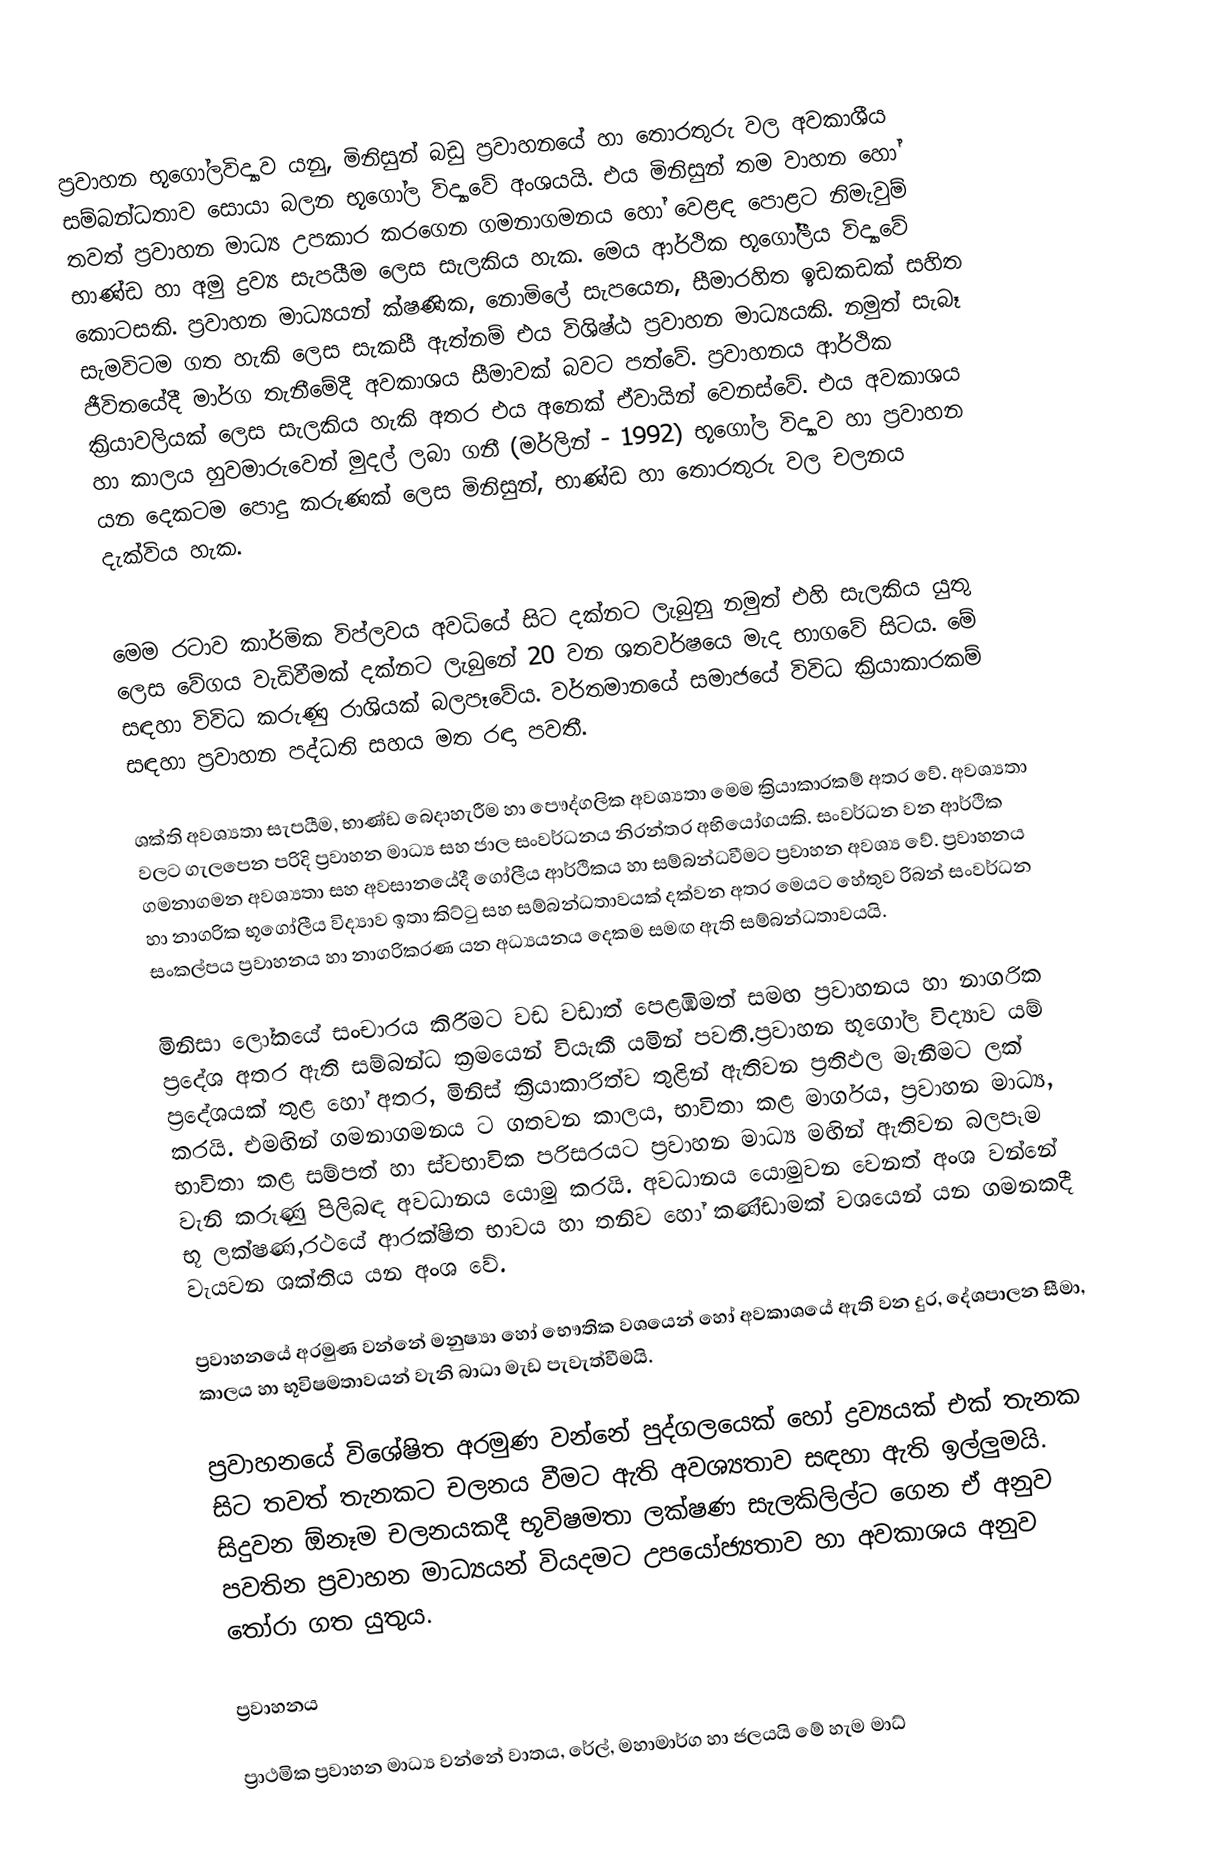
ප්‍රවාහන භූගෝලවිද්‍යාව යනු, මිනිසුන් බඩු ප්‍රවාහනයේ හා ‍තොරතුරු වල අවකාශීය සම්බන්ධතාව සොයා බලන භූගෝල විද්‍යාවේ අංශයයි. එය මිනිසුන් තම වාහන හෝ තවත් ප්‍රවාහන මාධ්‍ය උපකාර කරගෙන ගමනාගමනය හෝ වෙළඳ පොළට නිමැවුම් භාණ්ඩ හා අමු ද්‍රව්‍ය සැපයීම ලෙස සැලකිය හැක. මෙය ආර්ථික භූගෝලීය විද්‍යාවේ කොටසකි. ප්‍රවාහන මාධ්‍යයන් ක්ෂණික, නොමිලේ සැපයෙන, සීමාරහිත ඉඩකඩක් සහිත සැමවිටම ගත හැකි ලෙස සැකසී ඇත්නම් එය විශිෂ්ඨ ප්‍රවාහන මාධ්‍යයකි. නමුත් සැබෑ ජීවිතයේදී මාර්ග තැනී‍මේදී අවකාශය සීමාවක් බවට පත්වේ. ප්‍රවාහනය ආර්ථික ක්‍රියාවලියක් ලෙස සැලකිය හැකි අතර එය අනෙක් ඒවායින් වෙනස්වේ. එය අවකාශය හා කාලය හුවමාරුවෙන් මුදල් ලබා ගනී (මර්ලින් - 1992) භූගෝල විද්‍යාව හා ප්‍රවාහන යන දෙකටම පොදු කරුණක් ලෙස මිනිසුන්, භාණ්ඩ හා තොරතුරු වල චලනය දැක්විය හැක.

මෙම රටාව කාර්මික විප්ලවය අවධියේ සිට දක්නට ලැබුනු නමුත් එහි සැලකිය යුතු ලෙස වේගය වැඩිවීමක් දක්නට ලැබුනේ 20 වන ශතවර්ෂයෙ මැද භාගවේ සිටය. මේ සඳහා විවිධ කරුණු රාශියක් බලපෑවේය. වර්තමානයේ සමාජයේ විවිධ ක්‍රියාකාරකම් සඳහා ප්‍රවාහන පද්ධති සහය මත රඳා පවතී.

ශක්ති අවශ්‍යතා සැපයීම, භාණ්ඩ බෙදාහැරීම හා පෞද්ගලික අවශ්‍යතා මෙම ක්‍රියාකාරකම් අතර වේ. අවශ්‍යතා වලට ගැලපෙන පරිදි ප්‍රවාහන මාධ්‍ය සහ ජාල සංවර්ධනය නිරන්තර අභියෝගයකි. සංවර්ධන වන ආර්ථික ගමනාගමන අවශ්‍යතා සහ අවසානයේදී ගෝලීය ආර්ථිකය හා සම්බන්ධවීමට ප්‍රවාහන අවශ්‍ය වේ. ප්‍රවාහනය හා නාගරික භූගෝලීය විද්‍යාව ඉතා කිට්ටු සහ සම්බන්ධතාවයක් දක්වන අතර මෙයට හේතුව රිබන් සංවර්ධන සංකල්පය ප්‍රවාහනය හා නාගරිකරණ යන අධ්‍යයනය දෙකම සමඟ ඇති සම්බන්ධතාවයයි.

මිනිසා ‍ලෝකයේ සංචාරය කිරීමට වඩ වඩාත් පෙළඹීමත් සමඟ ප්‍රවාහනය හා නාගරික ප්‍රදේශ අතර ඇති සම්බන්ධ ක්‍රමයෙන් වියැකී යමින් පවතී.ප්‍රවාහන භූගෝල විද්‍යාව යම් ප්‍රදේශයක් තුළ හෝ අතර, මිනිස් ක්‍රියාකාරිත්ව තුළින් ඇතිවන ප්‍රතිඵල මැනීමට ලක් කරයි. එමඟින් ගමනාගමනය ට ගතවන කාලය, භාවිතා කළ මාර්ගය, ප්‍රවාහන මාධ්‍ය, භාවිතා කළ සම්පත් හා ස්වභාවික පරිසරයට ප්‍රවාහන මාධ්‍ය මඟින් ඇතිවන බලපෑම වැනි කරුණු පිලිබඳ අවධානය යොමු කරයි. අවධානය යොමුවන වෙනත් අංශ වන්නේ භූ ලක්ෂණ,රථයේ ආරක්ෂිත භාවය හා තනිව හෝ කණ්ඩාමක් වශයෙන් යන ගමනකදී වැයවන ශක්තිය යන අංශ වේ.

ප්‍රවාහනයේ අරමුණ වන්නේ මනුෂ්‍යා හෝ භෞතික වශයෙන් හෝ අවකාශයේ ඇති වන දුර, දේශපාලන සීමා, කාලය හා භූවිෂමතාවයන් වැනි බාධා මැඩ පැවැත්වීමයි.

ප්‍රවාහනයේ විශේෂිත අරමුණ වන්නේ පුද්ගලයෙක් හෝ ද්‍රව්‍යයක් එක් තැනක සිට තවත් තැනකට චලනය වීමට ඇති අවශ්‍යතාව සඳහා ඇති ඉල්ලුමයි. සිදුවන ඕනෑම චලනයකදී භූවිෂමතා ලක්ෂණ සැලකිලිල්ට ගෙන ඒ අනුව පවතින ප්‍රවාහන මාධ්‍යයන් වියදමට උප‍යෝජ්‍යතාව හා අවකාශය අනුව ‍තෝරා ගත යුතුය.

ප්‍රවාහනය

ප්‍රාථමික ප්‍රවාහන මාධ්‍ය වන්නේ වාතය, රේල්, මහාමාර්ග හා ජලයයි මේ හැම මාධ්‍